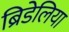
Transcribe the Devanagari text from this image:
ब्रिडेलिया